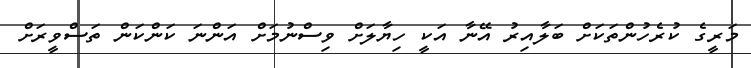
މަރީގެ ކުރެހުންތަކަށް ބަލާއިރު އޭނާ އަކީ ހިޔާލަށް ވިސްނުމަށް އަންނަ ކަންކަން ތަސްވީރަށް